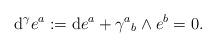
LaTeX: \begin{align*}\hbox{d}^\gamma e^a:= \hbox{d} e^a + \gamma{^a}_b\wedge e^b = 0.\end{align*}